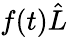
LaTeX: f(t)\hat{L}